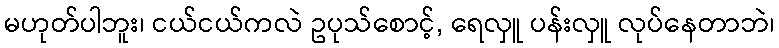
မဟုတ်ပါဘူး၊ ငယ်ငယ်ကလဲ ဥပုသ်စောင့်, ရေလှူ ပန်းလှူ လုပ်နေတာဘဲ၊